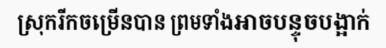
ស្រុករីកចម្រើនបាន ព្រមទាំងអាចបន្ទុចបង្អាក់